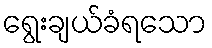
ရွေးချယ်ခံရသော